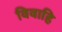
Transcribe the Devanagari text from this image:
विवाहि